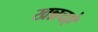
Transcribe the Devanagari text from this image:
खन्नचऐ